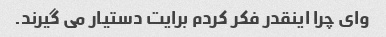
وای چرا اینقدر فکر کردم برایت دستیار می گیرند.